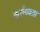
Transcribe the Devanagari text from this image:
कर्तव्यता